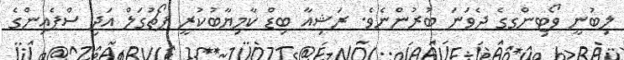
ލިބުނީ ވޯޓިންގގެ ދެވަނަ ބުރުންނެވެ. ރަޝިއާ ބިޑް ކާމިޔާބުކުރީ ޕޯޗުގަލް އަދި ސްޕެއިންގެ